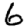
Digit: 6